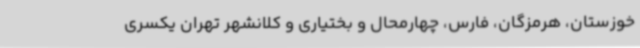
خوزستان، هرمزگان، ‌فارس، چهارمحال و بختیاری و کلانشهر تهران یکسری